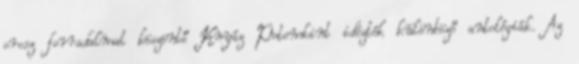
orosz forradalmat köszöntő Knyáz Potemkint idézték különböző antológiák. Az